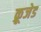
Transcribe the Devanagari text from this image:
क्रूजेड